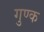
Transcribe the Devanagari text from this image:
गुण्क